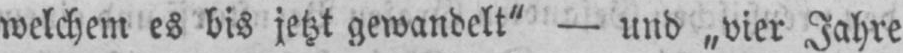
welchem es bis jetzt gewandelt” - und „vier Jahre